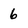
Character: 6